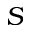
S